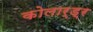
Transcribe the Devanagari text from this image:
कोलार्ड्र